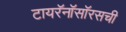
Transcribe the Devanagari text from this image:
टायरॅनॉसॉरसची